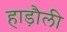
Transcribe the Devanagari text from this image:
हाड़ौली